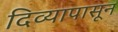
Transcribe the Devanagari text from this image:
दिव्यापासून